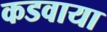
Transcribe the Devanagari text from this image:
कडवाया